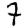
Digit: 7